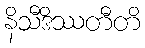
နိသီဒိဿတီတိ